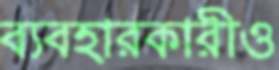
ব্যবহারকারীও